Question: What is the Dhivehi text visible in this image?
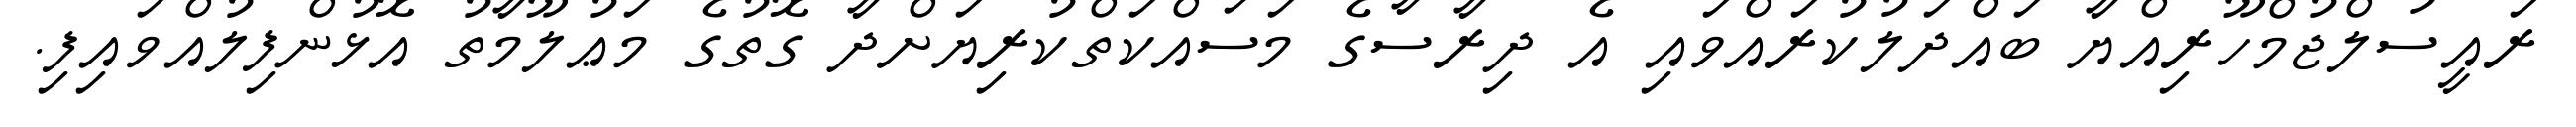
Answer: ރައީސުލްޖުމްހޫރިއްޔާ ބައްދަލުކުރައްވައި އެ ދިރާސާގެ މަސައްކަތްކުރިޔަށްދާ ގޮތުގެ މަޢުލޫމާތު އޮޅުންފިލުއްވައިފި.